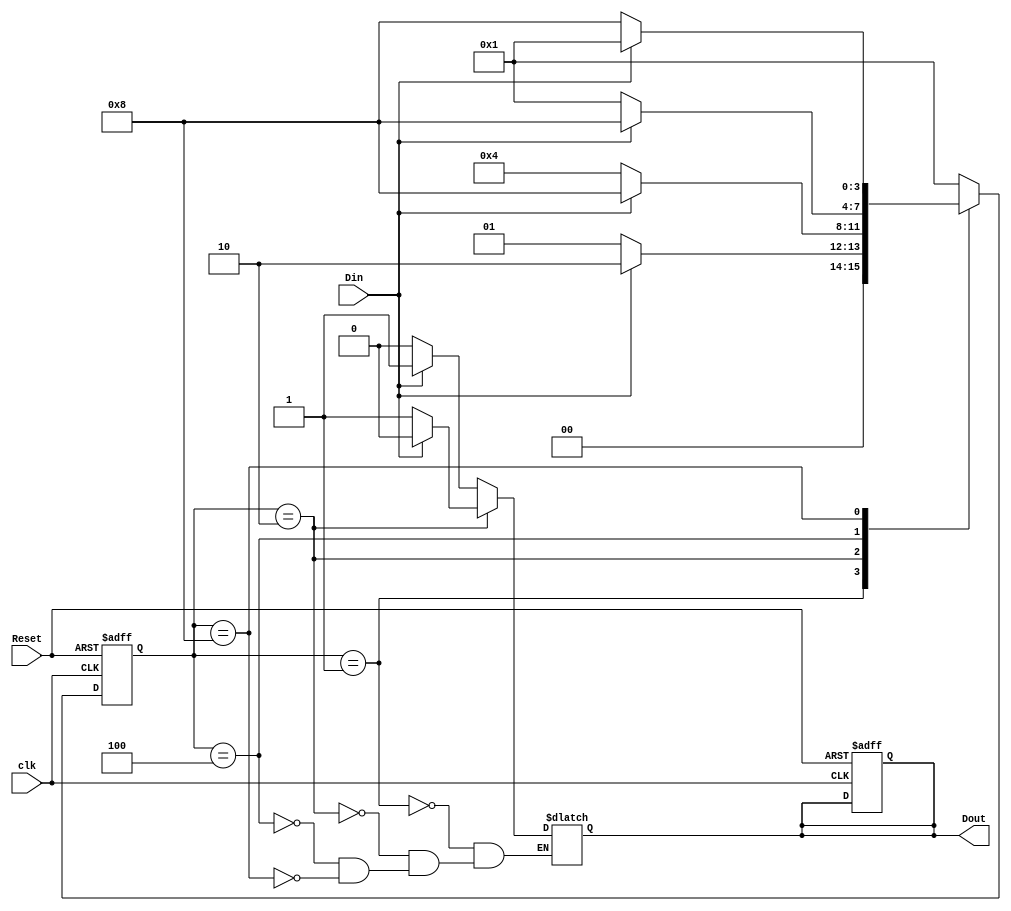
/*
Design a Verilog behavioral model to imple
ment the finite state machine described by
 the state diagram in Fig. 8.2. 
*/
module fsm22_behavioral (
    output reg Dout,
    input wire clk,
    input wire Reset,
    input wire Din
);
    parameter S0 = 4'b0001;
    parameter S1 = 4'b0010;
    parameter S2 = 4'b0100;
    parameter S3 = 4'b1000;

    reg [3:0] state, next_state;

    always @(posedge clk or posedge Reset) begin
        if (Reset) begin
            state <= S0;
            Dout <= 1'b0;
        end else begin
            state <= next_state;
        end
    end

    always @(*) begin
        case (state)
            S0: begin
                if (Din) begin
                    next_state = S1;
                    Dout = 1'b1;
                end else begin
                    next_state = S0;
                    Dout = 1'b0;
                end
            end
            S1: begin
                if (Din) begin
                    next_state = S3;
                    Dout = 1'b0;
                end else begin
                    next_state = S2;
                    Dout = 1'b1;
                end
            end
            S2: begin
                if (Din) begin
                    next_state = S3;
                    Dout = 1'b1;
                end else begin
                    next_state = S0;
                    Dout = 1'b0;
                end
            end
            S3: begin
                if (Din) begin
                    next_state = S0;
                    Dout = 1'b1;
                end else begin
                    next_state = S3;
                    Dout = 1'b0;
                end
            end
            default: next_state = S0;
        endcase
    end

endmodule

module fsm22_behavioral_tb;

    parameter CLK_PERIOD = 10;

    reg clk;
    reg Reset;
    reg Din;
    wire Dout;

    fsm22_behavioral DUT (
        .clk(clk),
        .Reset(Reset),
        .Din(Din),
        .Dout(Dout)
    );

    always #((CLK_PERIOD / 2)) clk <= ~clk;

    initial begin
        $dumpfile("fsm22_behavioral_tb.vcd");
        $dumpvars(0, fsm22_behavioral_tb);

        Reset = 1;
        #20 Reset = 0;

        Din = 0;
        #20 Din = 1;
        #20 Din = 0;
        #20 Din = 1;
        #20 Din = 0;
        #20 $finish;
    end

endmodule

module fsm22_behavioral_wb;

    reg clk;
    reg Reset;
    reg Din;
    wire Dout;

    fsm22_behavioral DUT (
        .clk(clk),
        .Reset(Reset),
        .Din(Din),
        .Dout(Dout)
    );

    initial begin
        clk = 0;
    end

    always #5 clk <= ~clk;

    initial begin
        $monitor("Time %0t, Reset: %b, Din: %b, Dout: %b, clk: %b, current_state: %b", $time, Reset, Din, Dout, clk, DUT.state);
        $dumpfile("fsm22_behavioral_wb.vcd");
        $dumpvars(0, fsm22_behavioral_wb);

        Reset = 1;
        #20 Reset = 0;

        Din = 0;
        #10 Din = 1;
        #10 Din = 0;
        #10 Din = 1;
        #10 Din = 0;
        #10 Din = 1;
        #10 Din = 0;

        #50 $finish;
    end

endmodule